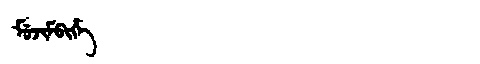
Manchu: ᠮᡠᠵᡳᠮᠪᡳᡥᡝ
Romanization: MUJIMBIHE